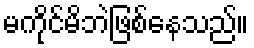
မကိုင်မိဘဲဖြစ်နေသည်။